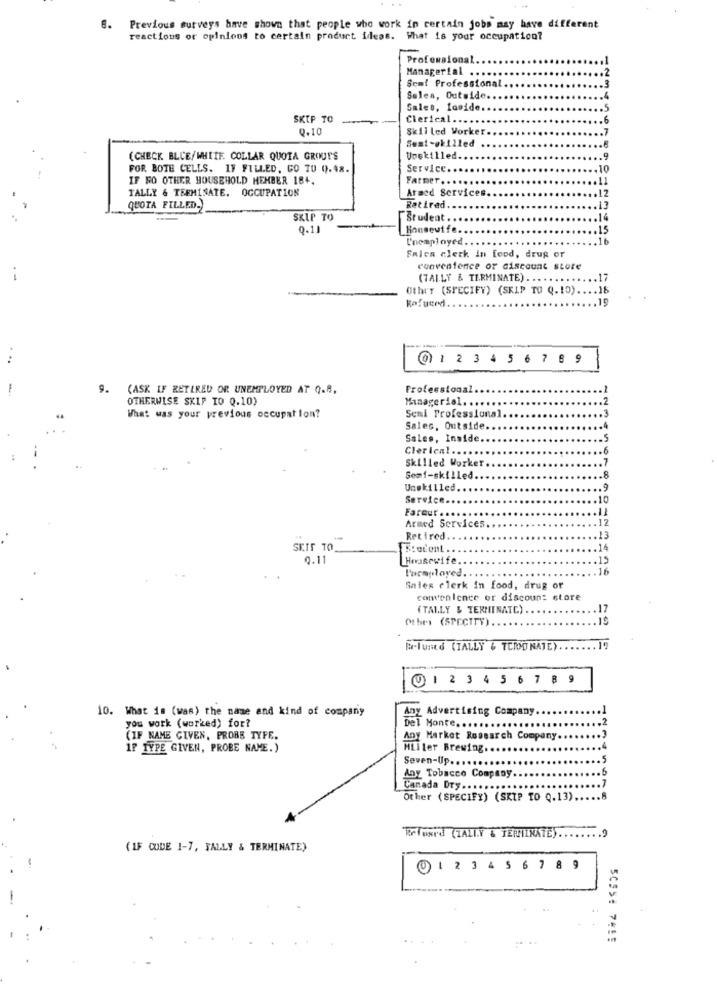
6. Previous surveys have shown that people who work in certain jobs may have different
reactions or opinions to certain product ideas. What is your occupation?
Professional.
Managerial ....
.2
.3
Sent Professional
Sales, Outside.
,4
Salet, Lamide.
... 5
SKIP TO
Clerical ...
.6
2.10
Skilled Worker
... 7
Sest-skilled
..
(CHECK BLCE/WHITE COLLAR QUOTA GROUP'S
Unskilled ..
... 9
FOR BOTH CELLS. IF FILLED, CO TO 0.48.
Service ..
10
IF RO OTHER HOUSEHOLD MEMBER 184.
FATDET . . .
.. 11
TALLY & TEEMISATE. OCCUPATION
Armed Services.
.12
QUOTA FILLED.
Retired
13
SKIP TO
Student ..
14
Q.11
Housewife.
.. 15
I'neaployed.
.. 16
Falea clerk in food, drug or
convenience or discount store
(TALLY & TERMINATE) ...
.. 17
Othry (SPECIFY) (SKIP TO Q.10) .... 18
Rofueed
15
@ 1 2345 6 7 8 9
9.
(ASK IF RETIRED OR UNEMPLOYED AT Q.8.
Frofeestional
OTHERWISE SKIP TO Q.10)
Managerial. ...
What was your previous occupation?
Seni Professional
Sales, Outside
Sales, Inside.
Clerlent ..
Skilled Worker
7
Semi-skilled
Unskilled ..
.. 9
Service ....
.10
Fareur . ..
.12
Armed Services.
Retired
.13
SEIS TO
S:odent ..
.14
0.11
Housewife
.15
Formułaved.
16
Sales clerk in food, drug or
convenience or discoun: store
(TALLY & TERMINATE)
Mhrs (SPECTTY).
.. 19
Far-Tuned (TALLY & TCIOD NATE) ..
.19
@1 2 3 4 5 6 7 8 9
-
10. What is (was) the name and kind of company
Any Advertising Company.
you work (worked) for?
Del Monte ......
(IF NAME GIVEN, PROBE TYPE.
Any Market Research Company ..
IF TYPE GIVEN, PROBE NAME.)
HLiler Brewing
Seven-Up .....
Any Tobacco Company.
Canada Dry .......
Other (SPECIFY) (SKIP TO Q.13)
Refused (TALL.Y & TERMINATE) ........ 9
(IF CODE 1-7, FALLY & TERMINATE)
01 2 3 4 5 6 7 8 9